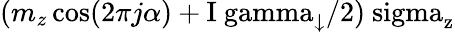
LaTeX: (m_{z}\cos(2\pi j\alpha)+\mathrm{I\ gamma_{\downarrow}/2)\ sigma_{z}}